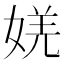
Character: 㛨